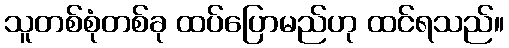
သူတစ်စုံတစ်ခု ထပ်ပြောမည်ဟု ထင်ရသည်။